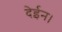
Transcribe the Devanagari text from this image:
देईन।